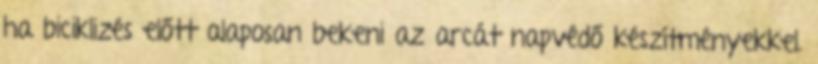
ha biciklizés előtt alaposan bekeni az arcát napvédő készítményekkel.